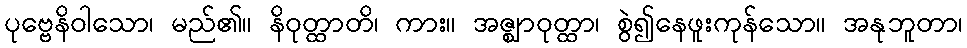
ပုဗ္ဗေနိဝါသော၊ မည်၏။ နိဝုတ္ထာတိ၊ ကား။ အဇ္ဈာဝုတ္ထာ၊ စွဲ၍နေဖူးကုန်သော။ အနုဘူတာ၊